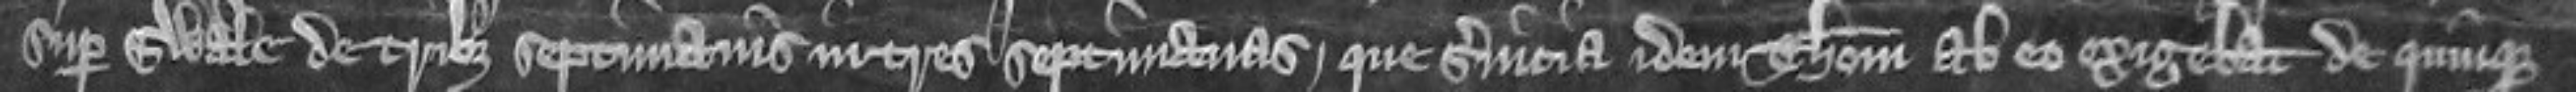
super Swale de tribus septimanis in tres septimanas. que servicia idem Thomas ab eo exigebat de quinque